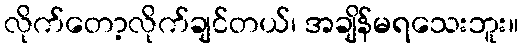
လိုက်တော့လိုက်ချင်တယ်၊ အချိန်မရသေးဘူး။